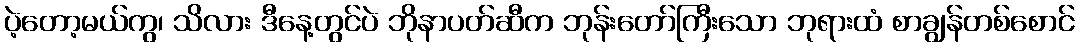
ပဲ့တော့မယ်ကွ၊ သိလား ဒီနေ့တွင်ပဲ ဘိုနာပတ်ဆီက ဘုန်းတော်ကြီးသော ဘုရားထံ စာချွန်တစ်စောင်